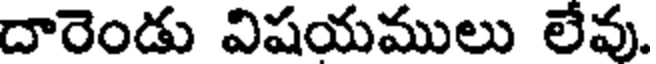
దారెండు విషయములు లేవు.